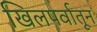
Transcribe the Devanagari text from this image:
खिलपर्वातून